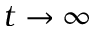
t \to \infty